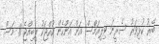
ބޭރު ކުޅިވަރު ސެރީނަ ވިލިއަމްސް އަށް އަންހެން ކުއްޖަކު ލިބިއްޖެ 11 މަސް